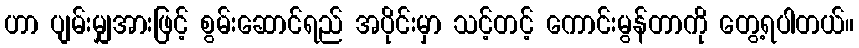
ဟာ ပျမ်းမျှအားဖြင့် စွမ်းဆောင်ရည် အပိုင်းမှာ သင့်တင့် ကောင်းမွန်တာကို တွေ့ရပါတယ်။